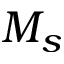
M _ { s }